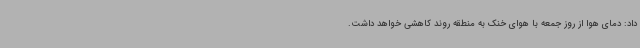
داد: دمای هوا از روز جمعه با هوای خنک به منطقه روند کاهشی خواهد داشت.